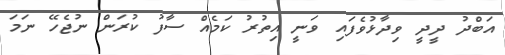
އަބްދު ދީދީ ވިދާޅުވެފައި ވަނީ އިތުރު ކަމެއް ސާފު ކުރަން ނުޖެހޭ ނަމަ